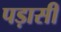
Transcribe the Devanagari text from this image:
पड़ासी